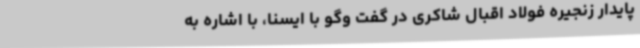
پایدار زنجیره فولاد اقبال شاکری در گفت وگو با ایسنا، با اشاره به